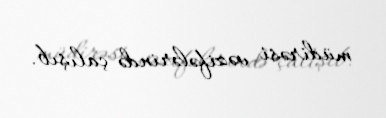
müdirəsi vəzifələrində çalışıb.